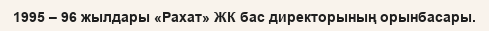
1995 – 96 жылдары «Рахат» ЖК бас директорының орынбасары.